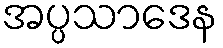
အပ္ပသာဒေန